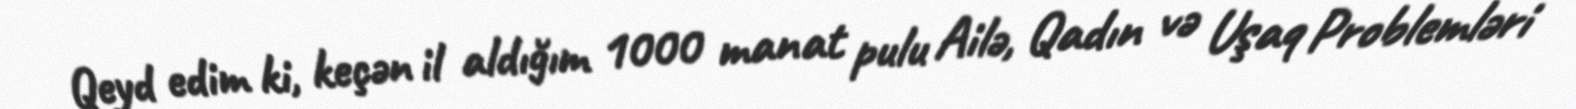
Qeyd edim ki, keçən il aldığım 1000 manat pulu Ailə, Qadın və Uşaq Problemləri